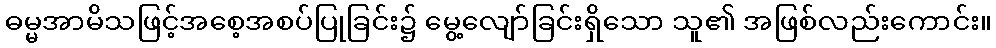
ဓမ္မအာမိသဖြင့်အစေ့အစပ်ပြုခြင်း၌ မွေ့လျော်ခြင်းရှိသော သူ၏ အဖြစ်လည်းကောင်း။